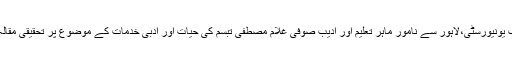
انھوں نے پنجاب یونیورسٹی،لاہور سے نامور ماہر تعلیم اور ادیب صوفی غلام مصطفی تبسم کی حیات اور ادبی خدمات کے موضوع پر تحقیقی مقالہ لکھ کر پی ایچ۔